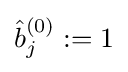
{\hat {b}}_{j}^{(0)}:=1